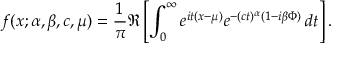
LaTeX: f ( x ; \alpha , \beta , c , \mu ) = { \frac { 1 } { \pi } } \Re \left[ \int _ { 0 } ^ { \infty } e ^ { i t ( x - \mu ) } e ^ { - ( c t ) ^ { \alpha } ( 1 - i \beta \Phi ) } \, d t \right] .